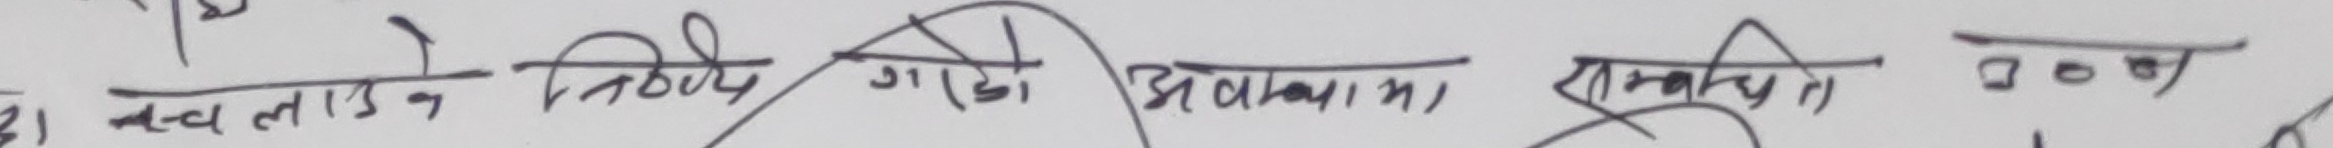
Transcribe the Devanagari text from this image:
वल्डिङ तिओरी डडी अकामा रामापिण्टी ३०१